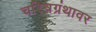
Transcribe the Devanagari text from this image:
चरित्रग्रंथावर